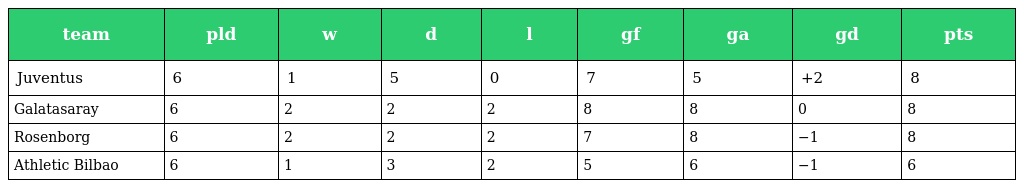
| team | pld | w | d | l | gf | ga | gd | pts |
 | --- | --- | --- | --- | --- | --- | --- | --- | --- |
 | Juventus | 6 | 1 | 5 | 0 | 7 | 5 | +2 | 8 |
 | Galatasaray | 6 | 2 | 2 | 2 | 8 | 8 | 0 | 8 |
 | Rosenborg | 6 | 2 | 2 | 2 | 7 | 8 | −1 | 8 |
 | Athletic Bilbao | 6 | 1 | 3 | 2 | 5 | 6 | −1 | 6 |